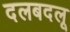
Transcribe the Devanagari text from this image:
दलबदलू